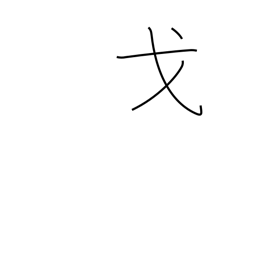
Meaning: festival car